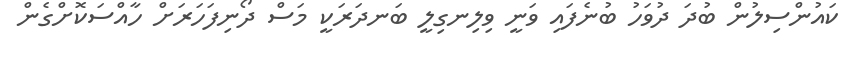
ކައުންސިލުން ބުދަ ދުވަހު ބުނެފައި ވަނީ ވިލިނގިލީ ބަނދަރަކީ މަސް ދޯނިފަހަރަށް ހާއްސަކޮށްގެން